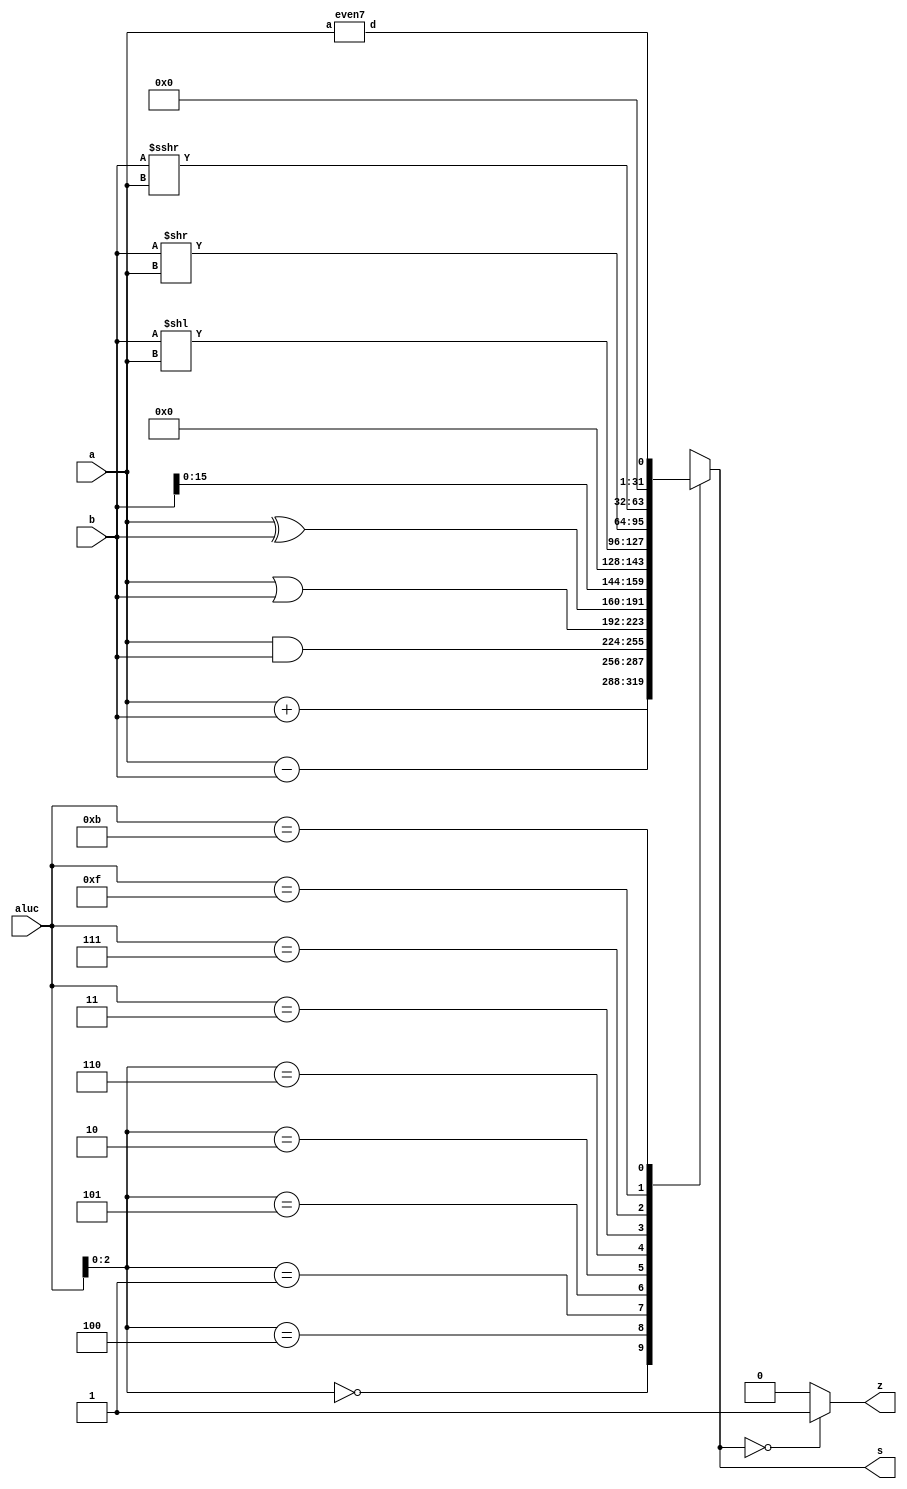
	module alu (a,b,aluc,s,z);
   input [31:0] a,b;
   input [3:0] aluc;
   output [31:0] s;
   output        z;
   reg [31:0] s;
   reg        z;
	
	wire       even;
	even7 even7_inst(a, even);
	
   always @ (a or b or aluc) 
      begin                                   // event
         casex (aluc)
             4'bx000: s = a + b;              //x000 ADD
             4'bx100: s = a - b;              //x100 SUB
             4'bx001: s = a & b;              //x001 AND
             4'bx101: s = a | b;              //x101 OR
             4'bx010: s = a ^ b;              //x010 XOR
             4'bx110: s = b << 16;            //x110 LUI: imm << 16bit             
             4'b0011: s = b << a;             //0011 SLL: rd <- (rt << sa)
             4'b0111: s = b >> a;             //0111 SRL: rd <- (rt >> sa) (logical)
             4'b1111: s = $signed(b) >>> a;   //1111 SRA: rd <- (rt >> sa) (arithmetic)
				 4'b1011: s = even;
             default: s = 0;
         endcase
         if (s == 0 )  z = 1;
            else z = 0;         
      end      
endmodule 

module even7(a, d);
	input  [31:0] a;
	output        d;

	wire   [31:0] c;

	assign c = a[6] + a[5] + a[4] + a[3] + a[2] + a[1] + a[0];
	assign d = c[0] == 0; // even -> c[0] is 0
endmodule